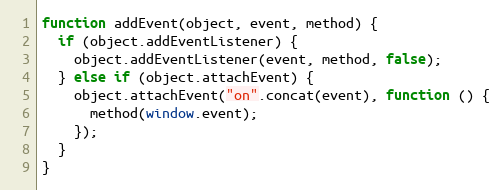
Language: JavaScript
function addEvent(object, event, method) {
  if (object.addEventListener) {
    object.addEventListener(event, method, false);
  } else if (object.attachEvent) {
    object.attachEvent("on".concat(event), function () {
      method(window.event);
    });
  }
}